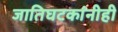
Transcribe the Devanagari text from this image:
जातिघटकांनीही